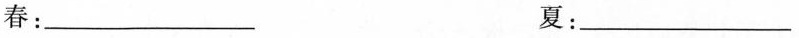
春：___夏：___